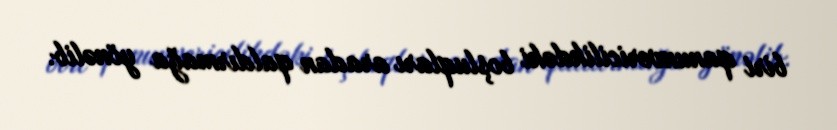
biri qanunvericilikdəki boşluqları aradan qaldırmağa yönəlib.